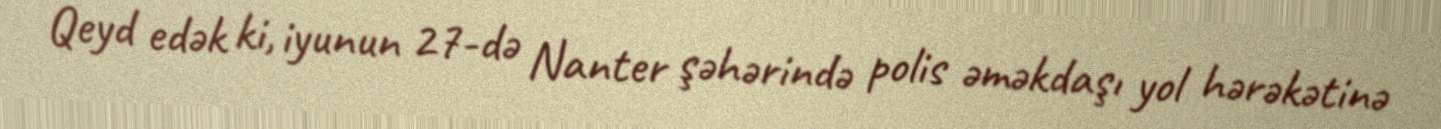
Qeyd edək ki, iyunun 27-də Nanter şəhərində polis əməkdaşı yol hərəkətinə